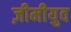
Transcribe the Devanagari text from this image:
ज़ीमीयुव